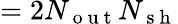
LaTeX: =2N_{\mathrm{~o~u~t~}}N_{\mathrm{~s~h~}}